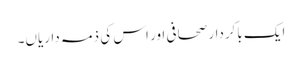
ایک باکردار صحافی اور اس کی ذمہ داریاں۔